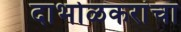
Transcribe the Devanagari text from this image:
दाभोळकरांचा